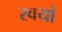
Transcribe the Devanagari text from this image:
स्वयो